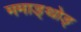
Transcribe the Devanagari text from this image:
ममाङ्थोङ्